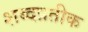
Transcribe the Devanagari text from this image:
शब्दप्रतीक